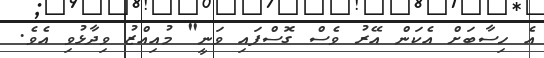
އެ ހިސާބަށް އެކަން އޭރު ވެސް ގޮސްފައި ވަނީ" މުއިއްޒު ވިދާޅުވި އެވެ.